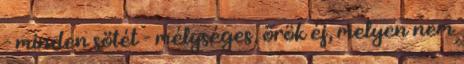
- minden sötét - mélységes, örök éj, melyen nem